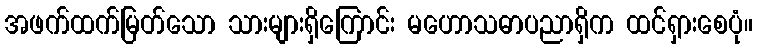
အဖက်ထက်မြတ်သော သားများရှိကြောင်း မဟောသဓာပညာရှိက ထင်ရှားစေပုံ။